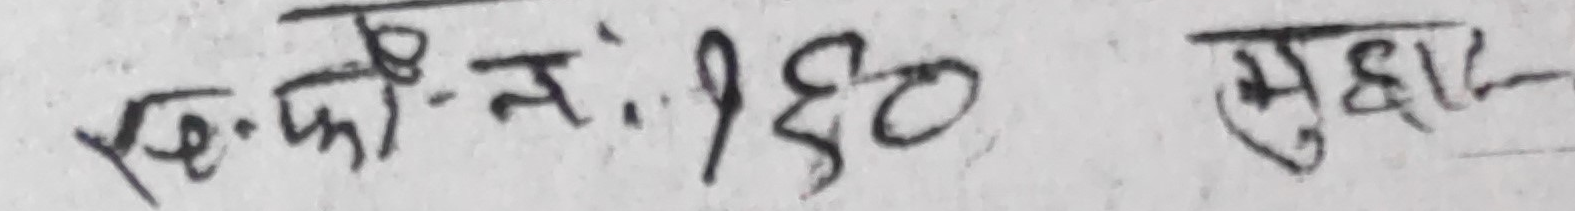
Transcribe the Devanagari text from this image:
रि. फी. न: १६० मुद्दत